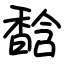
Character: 馠